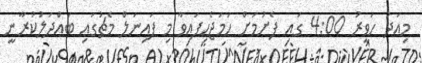
މިއަދު ހަވީރު 4:00 ގައި ފެށުމަށް ހަމަޖެހިފައިވާ މި ފައިނަލް މެޗުގައި ބައްދަލުކުރާނީ